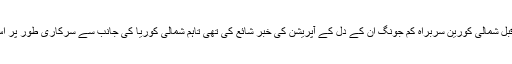
امریکی میڈیا نے چند روز قبل شمالی کورین سربراہ کم جونگ ان کے دل کے آپریشن کی خبر شائع کی تھی تاہم شمالی کوریا کی جانب سے سرکاری طور پر اس کی تصدیق نہیں کی گئی۔